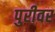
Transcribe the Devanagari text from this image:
पुरीवर